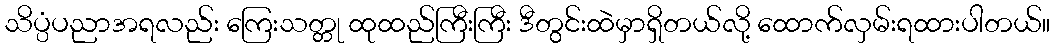
သိပ္ပံပညာအရလည်း ကြေးသတ္တု ထုထည်ကြီးကြီး ဒီတွင်းထဲမှာရှိတယ်လို့ ထောက်လှမ်းရထားပါတယ်။